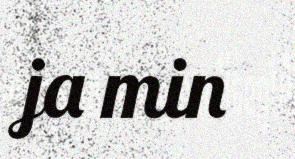
ja min